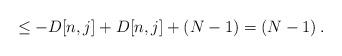
LaTeX: \begin{align*} \leq -D[n,j] + D[n,j] + \left(N-1\right) = \left(N-1\right) .\end{align*}